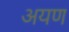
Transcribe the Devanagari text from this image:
अयण